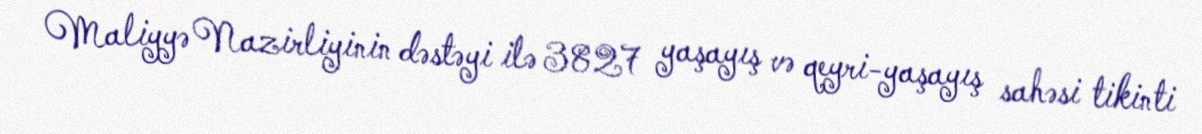
Maliyyə Nazirliyinin dəstəyi ilə 3827 yaşayış və qeyri-yaşayış sahəsi tikinti